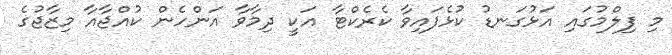
މި ފިލްމުގައި އަޅުގަނޑު ކުޅެފައިވާ ކެރެކްޓާ އަކީ ދިމާވާ އަންހެން ކުއްޖާއާ މިޒާޖުގެ